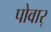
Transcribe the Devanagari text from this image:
पोवार्